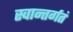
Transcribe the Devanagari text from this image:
स्वान्तर्गतं